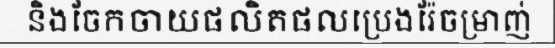
និងចែកចាយផលិតផលប្រេងរ៉ែចម្រាញ់